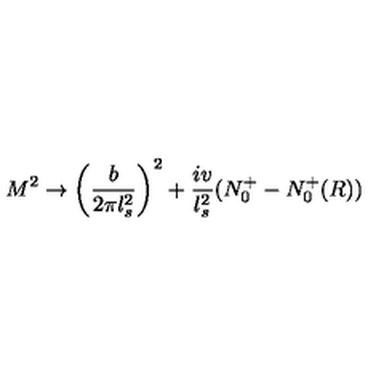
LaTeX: M ^ { 2 } \rightarrow \left( { \frac { b } { 2 \pi l _ { s } ^ { 2 } } } \right) ^ { 2 } + { \frac { i v } { l _ { s } ^ { 2 } } } ( N _ { 0 } ^ { + } - N _ { 0 } ^ { + } ( R ) )